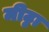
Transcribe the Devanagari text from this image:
मीट्ठा